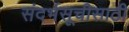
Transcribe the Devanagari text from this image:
संदर्भसूचीसाठी